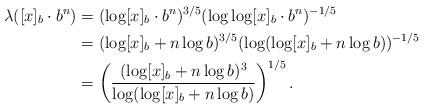
\begin{align*}\lambda ([x]_b \cdot b^n) &= (\log [x]_b \cdot b^n)^{3/5} (\log \log [x]_b \cdot b^n)^{-1/5}\\ &= (\log [x]_b + n \log b)^{3/5} (\log (\log [x]_b + n \log b))^{-1/5}\\&= \left(\frac{(\log [x]_b + n \log b)^3} {\log (\log [x]_b + n \log b)}\right)^{1/5}.\\\end{align*}